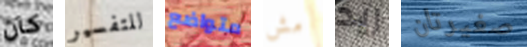
كان للتفسير متواضع مش ريد صغيرتان